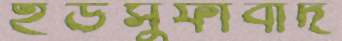
ইউসুফাবাদ